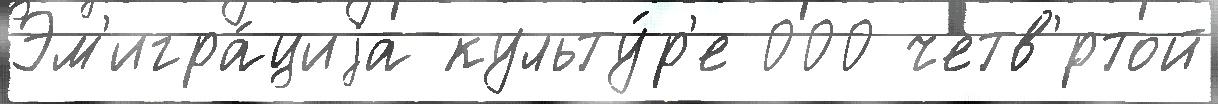
Эм'игра́циjа культу́р'е 000 четв'́ртой